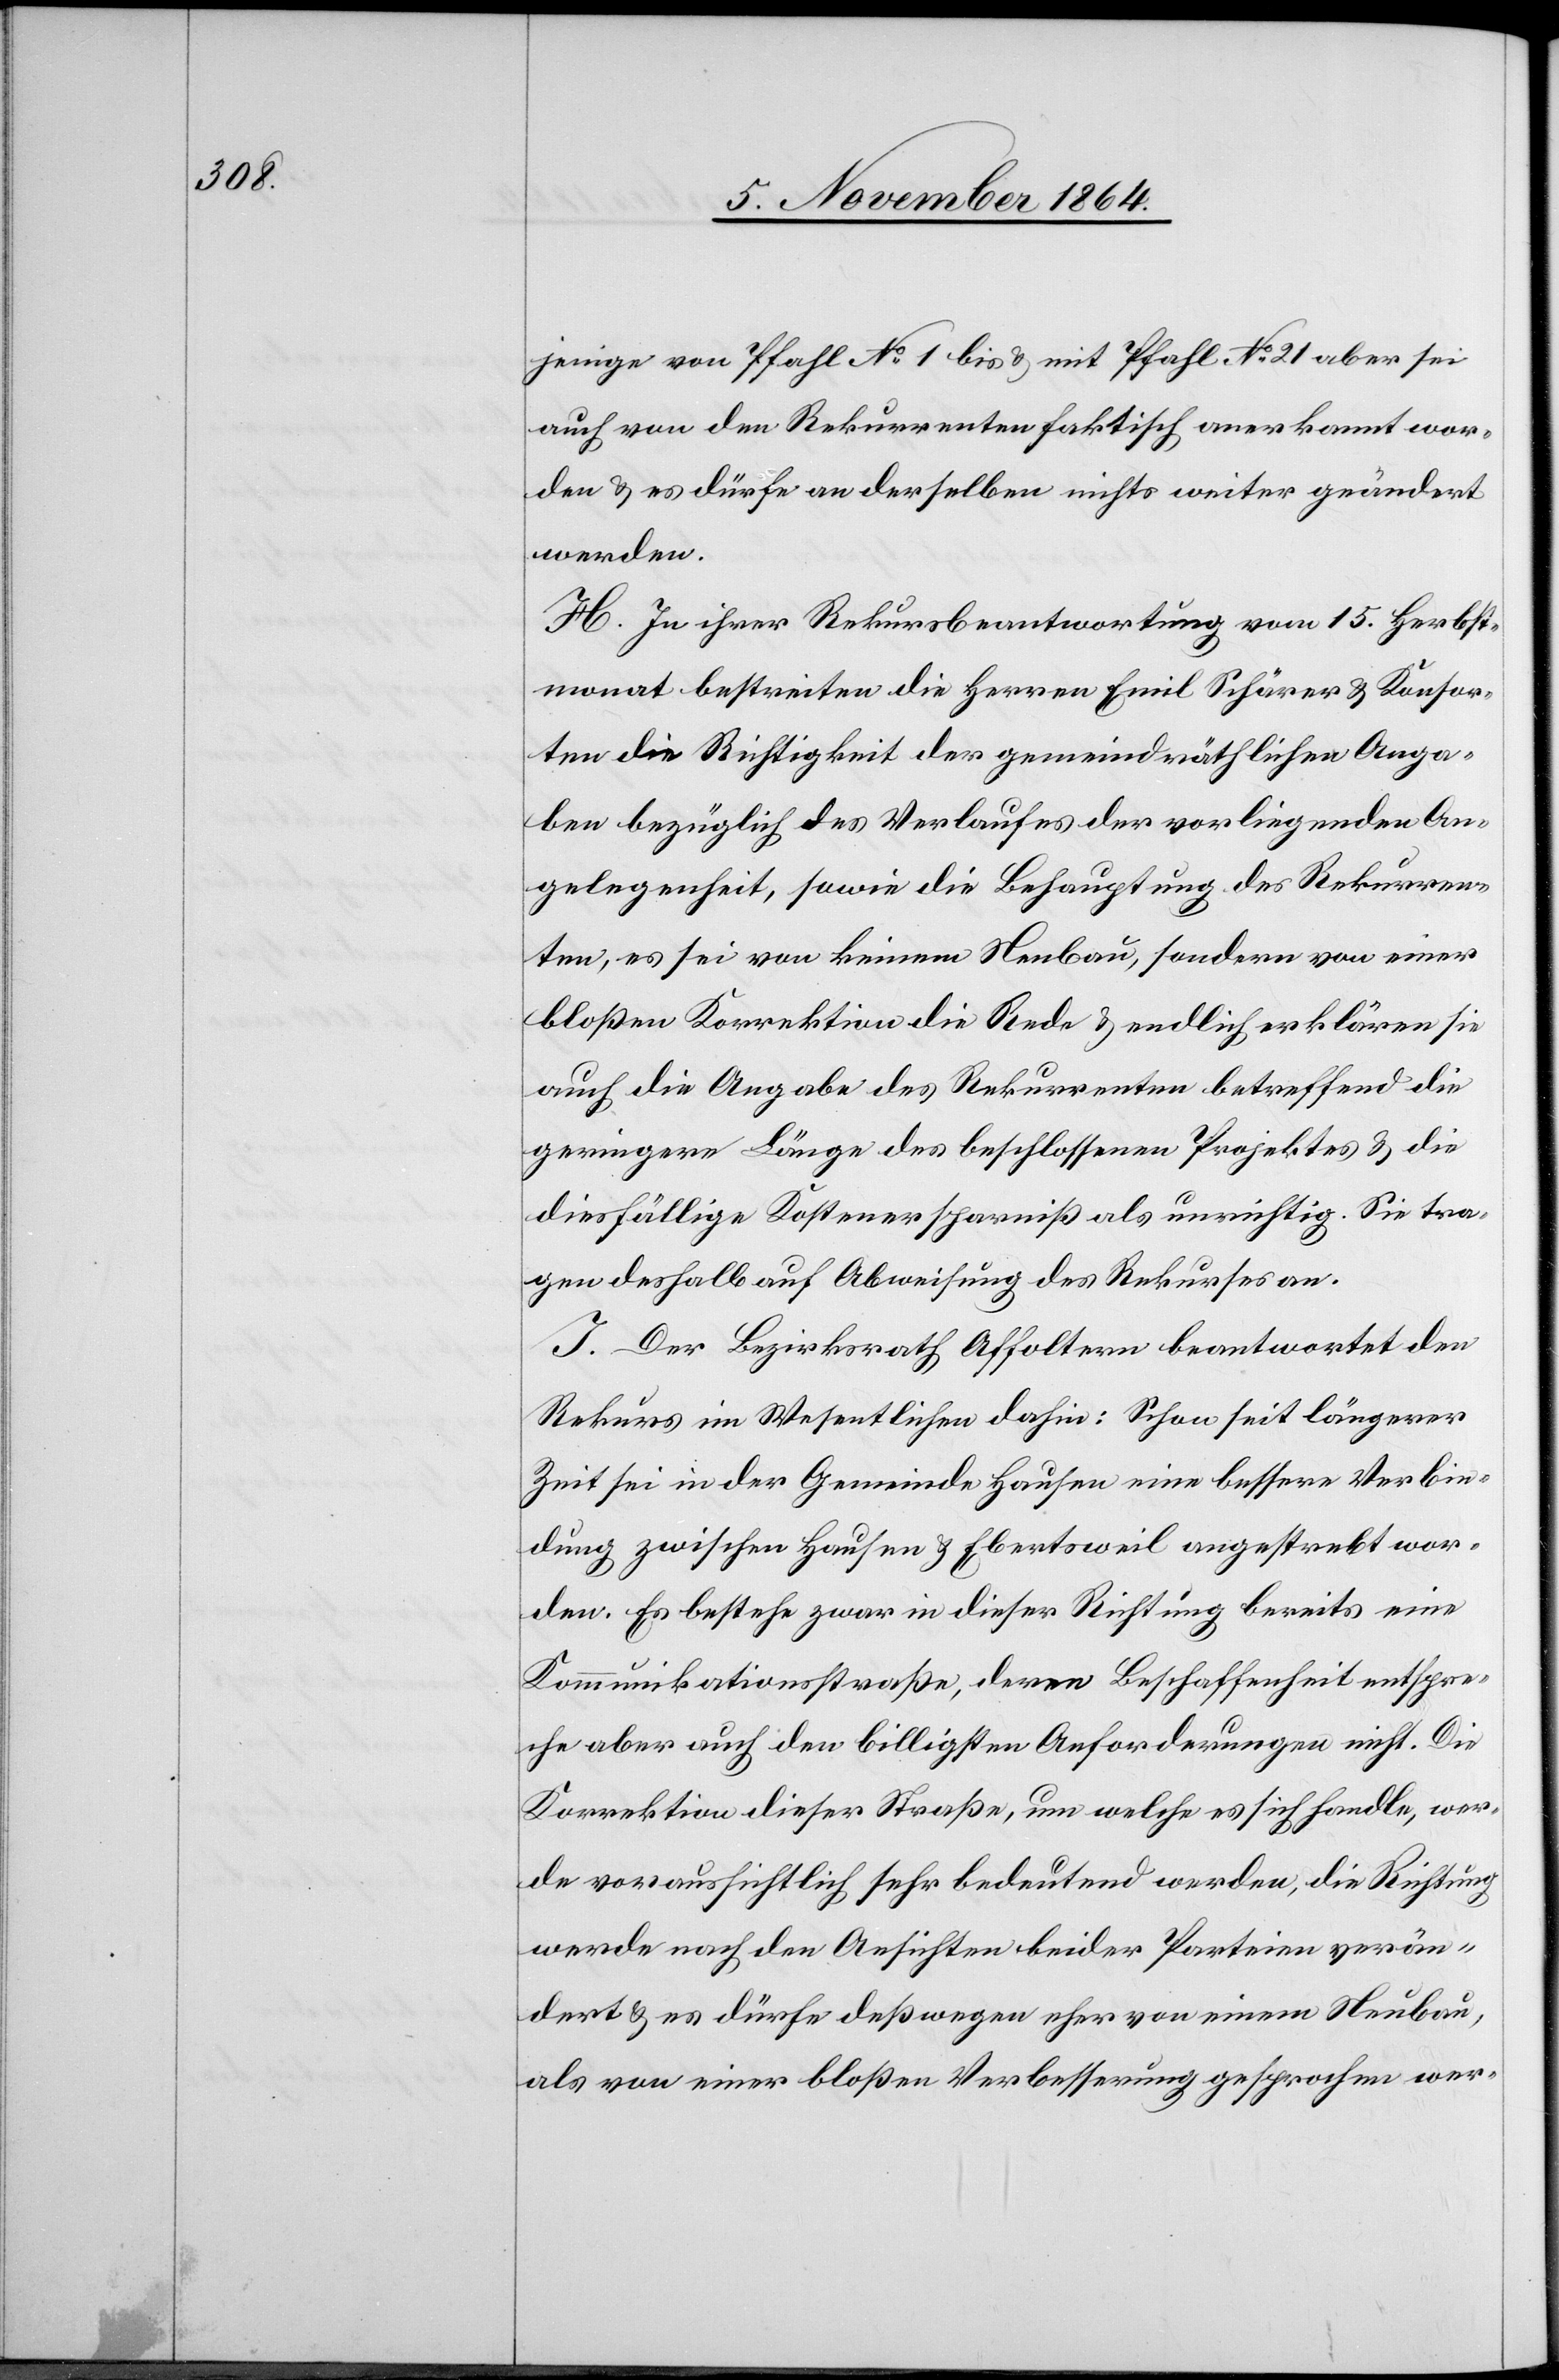
jenige von Pfahl No 1 bis & mit Pfahl No 21 aber sei
auch von den Rekurrenten faktisch anerkannt wor¬
den & es dürfe an derselben nichts weiter geändert
werden.
H. In ihrer Rekursbeantwortung vom 15. Herbst¬
monat bestreiten die Herren Emil Schärer & Konsor¬
ten die Richtigkeit der gemeindräthlichen Anga¬
ben bezüglich des Verlaufes der vorliegenden An¬
gelegenheit, sowie die Behauptung des Rekurren¬
ten, es sei von keinem Neubau, sondern von einer
bloßen Korrektion die Rede & endlich erklären sie
auch die Angabe des Rekurrenten betreffend die
geringere Länge des beschlossenen Projektes & die
diesfällige Kostenersparniß als unrichtig. Sie tra¬
gen deshalb auf Abweisung des Rekurses an.
I. Der Bezirksrath Affoltern beantwortet den
Rekurs im Wesentlichen dahin: Schon seit längerer
Zeit sei in der Gemeinde Hausen eine bessere Verbin¬
dung zwischen Hausen & Ebertsweil angestrebt wor¬
den. Es bestehe zwar in dieser Richtung bereits eine
Kommunikationsstraße, deren Beschaffenheit entspre¬
che aber auch den billigsten Anforderungen nicht. Die
Korrektion dieser Straße, um welche es sich handle, wer¬
de voraussichtlich sehr bedeutend werden, die Richtung
werde nach den Ansichten beider Parteien verän¬
dert & es dürfe deßwegen eher von einem Neubau
als von einer bloßen Verbesserung gesprochen werd-